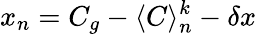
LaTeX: x_{n}=C_{g}-\langle C\rangle_{n}^{k}-\delta x